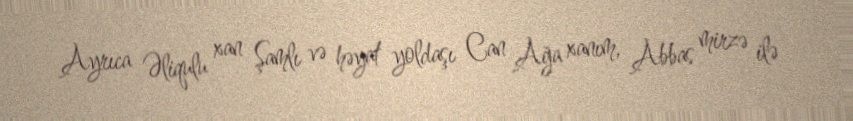
Ayrıca Əliqulu xan Şamlı və həyat yoldaşı Can Ağa xanım, Abbas mirzə ilə